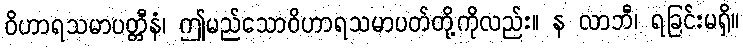
ဝိဟာရသမာပတ္တီနံ၊ ဤမည်သောဝိဟာရသမာပတ်တို့ကိုလည်း။ န လာဘီ၊ ရခြင်းမရှိ။